Civil Veterinary Dept. North-West Frontier Province 1933-46 - 1933-1946
Year: 1933
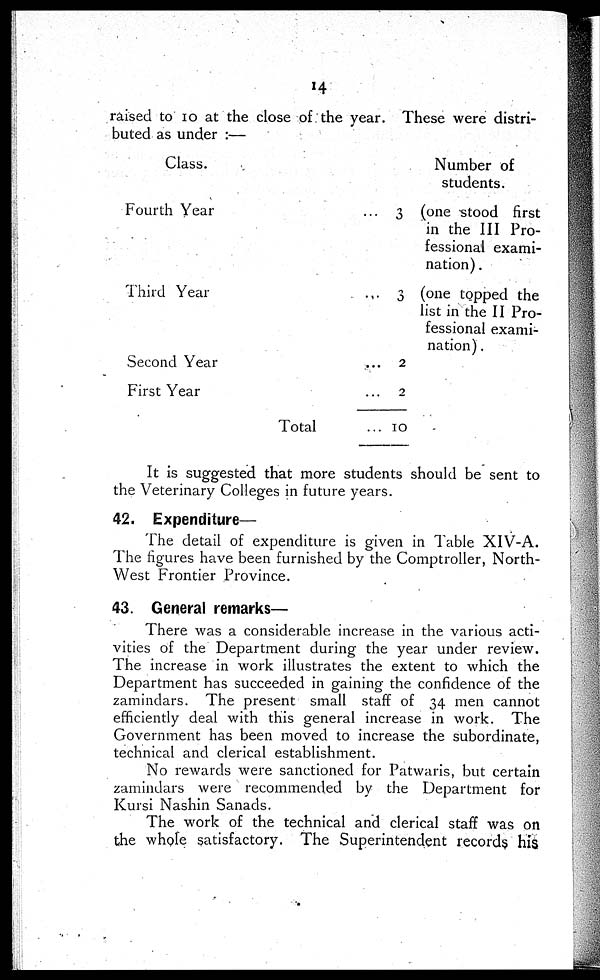
14
raised to 10 at the close of the year. These were distri-
buted as under :—
Class.
Fourth Year
Third Year
Second Year
First Year
Total
... 3
... 3
...
2
... 2
... 10
Number of
students.
(one stood first
in the III Pro-
fessional exami-
nation) .
(one topped the
list in the II Pro-
fessional exami-
nation) .
It is suggested that more students should be sent to
the Veterinary Colleges in future years.
42. Expenditure—
The detail of expenditure is given in Table XIV-A.
The figures have been furnished by the Comptroller, North-
West Frontier Province.
43. General remarks—
There was a considerable increase in the various acti-
vities of the Department during the year under review.
The increase in work illustrates the extent to which the
Department has succeeded in gaining the confidence of the
zamindars. The present small staff of 34 men cannot
efficiently deal with this general increase in work. The
Government has been moved to increase the subordinate,
technical and clerical establishment.
No rewards were sanctioned for Patwaris, but certain
zamindars were recommended by the Department for
Kursi Nashin Sanads.
The work of the technical and clerical staff was on
the whole satisfactory. The Superintendent records his